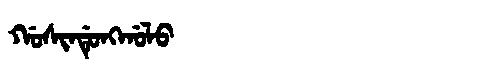
Manchu: ᡤᠣᠰᡳᠨᡩᡠᠩᡤᠣᠯᠣ
Romanization: GOSINDUNGGOLO